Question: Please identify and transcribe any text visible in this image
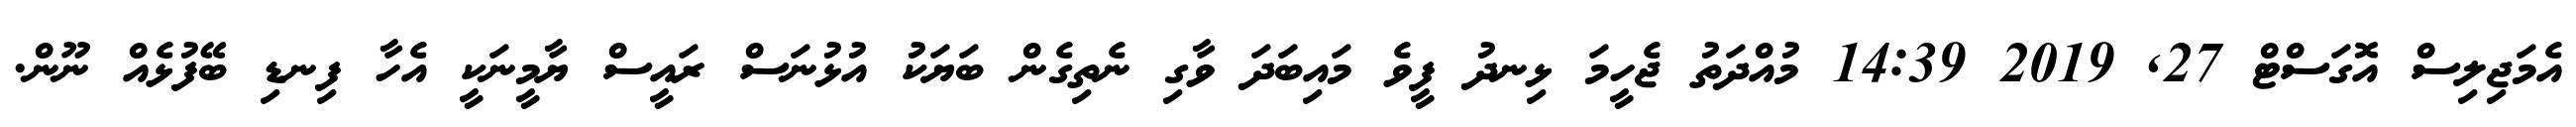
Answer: އެމަޖިލިސް އޮގަސްޓް 27, 2019 14:39 މުއްދަތު ޖެހީމަ ޅިނދު ފީވެ މައިބަދަ ވާގި ނެތިގެން ބަޔަކު އުޅުނަސް ރައީސް ޔާމީނަކީ އެހާ ފިނޑި ބޭފުޅެއް ނޫން.